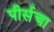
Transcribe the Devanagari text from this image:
पीर्सचा